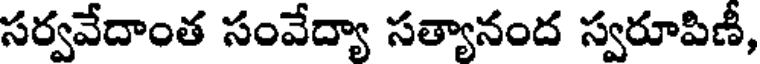
సర్వవేదాంత సంవేద్యా సత్యానంద స్వరూపిణీ,